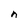
Character: n